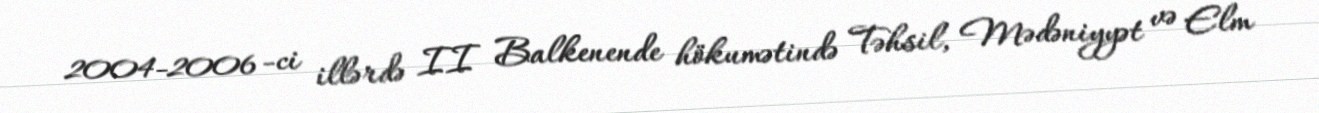
2004-2006 -ci illərdə II Balkenende hökumətində Təhsil, Mədəniyyət və Elm